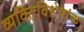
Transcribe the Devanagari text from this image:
व्यक्तिविशेषांक